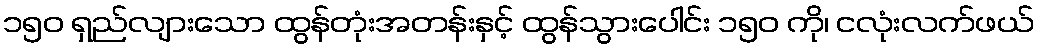
၁၅၀ ရှည်လျားသော ထွန်တုံးအတန်းနှင့် ထွန်သွားပေါင်း ၁၅၀ ကို၊ ငလုံးလက်ဖယ်